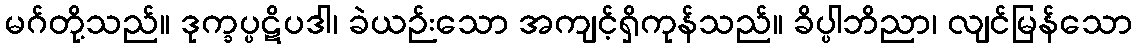
မဂ်တို့သည်။ ဒုက္ခပ္ပဋိပဒါ၊ ခဲယဉ်းသော အကျင့်ရှိကုန်သည်။ ခိပ္ပါဘိညာ၊ လျင်မြန်သော